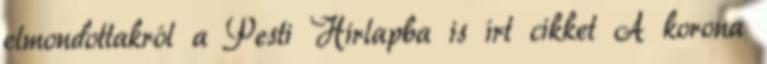
elmondottakról a Pesti Hirlapba is írt cikket A korona